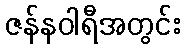
ဇန်နဝါရီအတွင်း